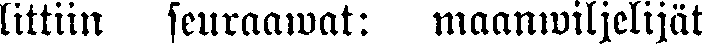
littiin seuraawat: maanwiljelijät